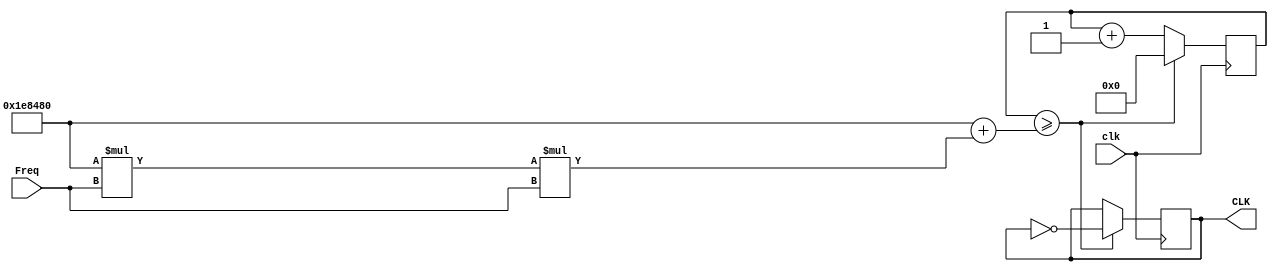
`timescale 1ns / 1ps

module Divider(clk,CLK,Freq);
    input clk;
    output reg CLK;
    input [1:0] Freq;
    
    reg[32:0] N = 20_000_00;      // 1Hz,N=fclk/fclk_N
    reg [31:0] counter;             /* 0(N/2-1) */
    
    initial begin
        CLK <= 0;
        counter <= 0;
    end
    always @(posedge clk)  begin    // 
        if(counter >= (N + (N * Freq * Freq )))
            begin
            CLK <= ~CLK;
            counter <=0;
            end
       else begin
           counter <= counter+1;
       end
    end 
endmodule